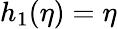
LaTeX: h_{1}(\eta)=\eta